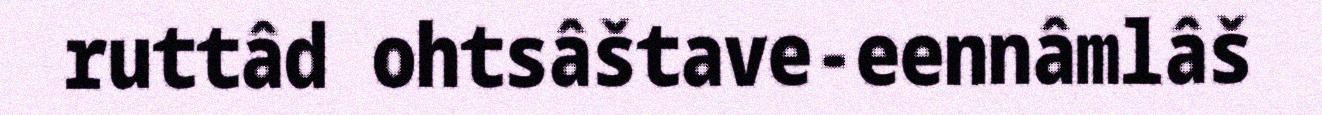
ruttâd ohtsâštave-eennâmlâš